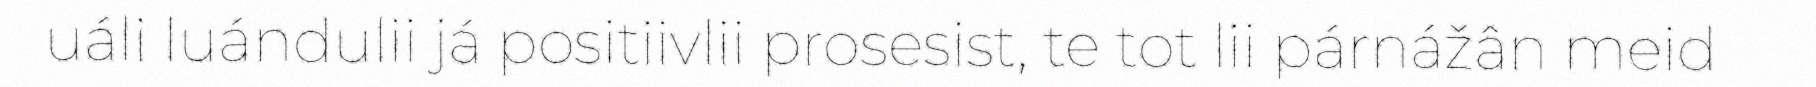
uáli luándulii já positiivlii prosesist, te tot lii párnážân meid